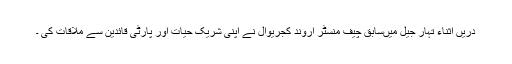
دریں اثناء تہار جیل میںسابق چیف منسٹر اروند کجریوال نے اپنی شریک حیات اور پارٹی قائدین سے ملاقات کی ۔